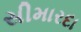
સીમારદા